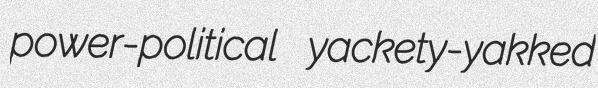
power-political yackety-yakked